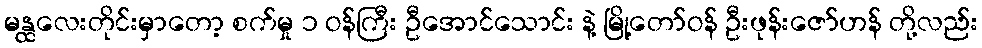
မန္ထလေးတိုင်းမှာတော့ စက်မှု ၁ ဝန်ကြီး ဦအောင်သောင်း နဲ့ မြို့တော်ဝန် ဦးဖုန်းဇော်ဟန် တို့လည်း